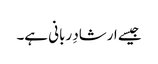
جیسے ارشادِ ربانی ہے۔